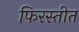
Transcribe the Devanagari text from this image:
फिरस्तीत